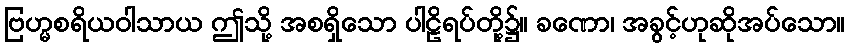
ဗြဟ္မစရိယဝါသာယ ဤသို့ အစရှိသော ပါဠိရပ်တို့၌။ ခဏော၊ အခွင့်ဟုဆိုအပ်သော။